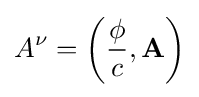
A^{\nu }=\left({\frac {\phi }{c}},\mathbf {A} \right)